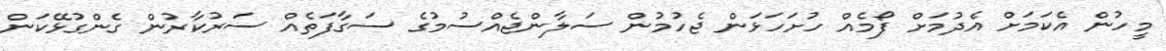
މީހުން އެކަމަށް އެދުމަށް ފޯމެއް ހުށަހަޅަން ޖެހުމުން ސަލާންޖެއްސުމުގެ ސަގާފަތެއް ސަރުކާރުން ގެންގުޅޭކަން